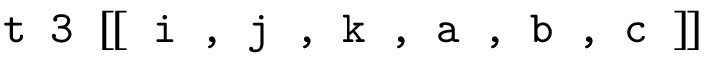
\texttt { t 3 } [ \! [ \texttt { i , j , k , a , b , c } ] \! ]